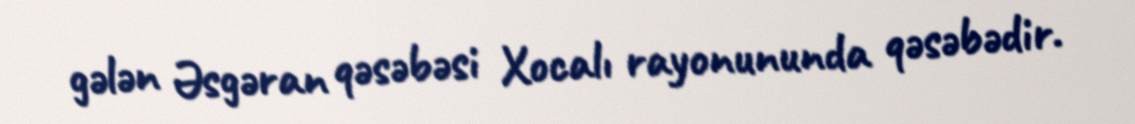
gələn Əsgəran qəsəbəsi Xocalı rayonununda qəsəbədir.